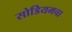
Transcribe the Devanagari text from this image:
सोडियमचा